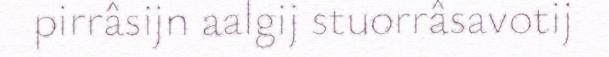
pirrâsijn aalgij stuorrâsavotij